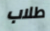
طلاب